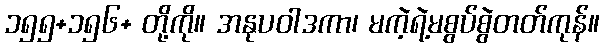
၁၅၅+၁၅၆+ တို့ကို။ အနုပဝါဒကာ၊ မကဲ့ရဲ့မစွပ်စွဲတတ်ကုန်။